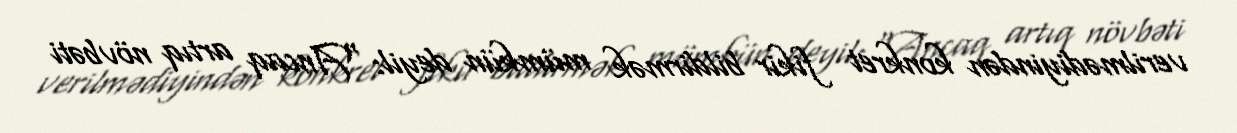
verilmədiyindən konkret fikir bildirmək mümkün deyil: “Ancaq artıq növbəti